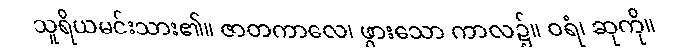
သူရိယမင်းသား၏။ ဇာတကာလေ၊ ဖွားသော ကာလ၌။ ဝရံ၊ ဆုကို။